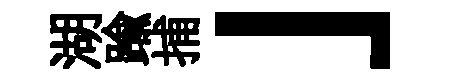
湖踰捕」